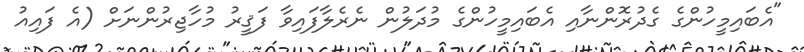
"އެބައިމީހުންގެ ގެދުރޮންނާއި އެބައިމީހުންގެ މުދަލުން ނެރެލާފައިވާ ފަޤީރު މުހާޖިރުންނަށް (އެ ފައިއު